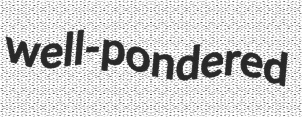
well-pondered